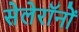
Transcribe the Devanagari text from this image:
सेलेरॉनों